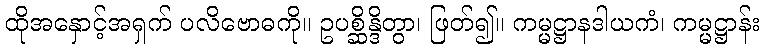
ထိုအနှောင့်အရှက် ပလိဗောဓကို။ ဥပစ္ဆိန္ဒိတွာ၊ ဖြတ်၍။ ကမ္မဋ္ဌာနဒါယကံ၊ ကမ္မဋ္ဌာန်း